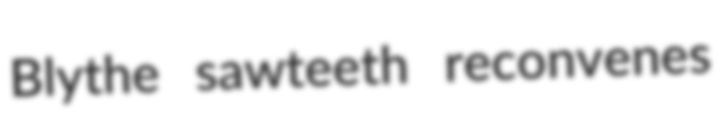
Blythe sawteeth reconvenes